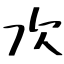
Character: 次